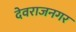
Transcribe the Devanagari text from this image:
देवराजनगर